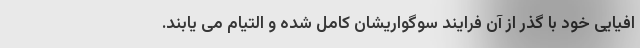
افیایی خود با گذر از آن فرایند سوگواریشان کامل شده و التیام می یابند.